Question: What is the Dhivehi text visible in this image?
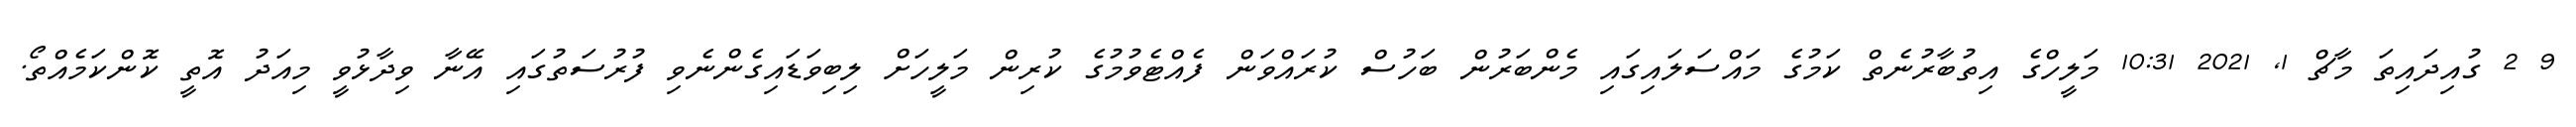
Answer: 9 2 ގުއިދައިތަ މާޗް 1, 2021 10:31 މަލީހްގެ އިތުބާރުނެތް ކަމުގެ މައްސަލައިގައި މެންބަރުން ބަހުސް ކުރައްވަން ފެއްޓެވުމުގެ ކުރިން މަލީހަށް ލިބިވަޑައިގެންނެވި ފުރުސަތުގައި އޭނާ ވިދާޅުވީ މިއަދު އޮތީ ކޮންކަމެއްތޯ.